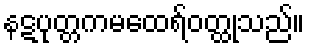
နဋပုတ္တကမထေရ်ဝတ္ထုသည်။